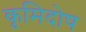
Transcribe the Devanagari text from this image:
कृमिदोष